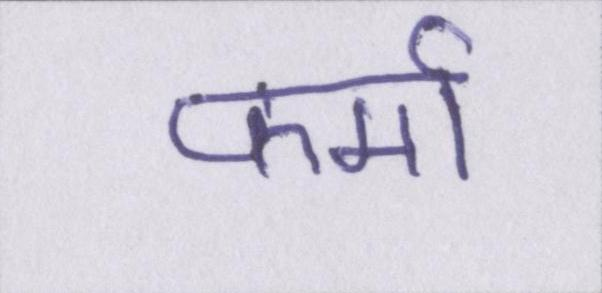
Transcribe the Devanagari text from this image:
फर्मा